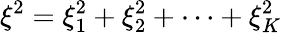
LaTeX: {{\xi}^{2}}=\xi_{1}^{2}+\xi_{2}^{2}+\cdots+\xi_{K}^{2}